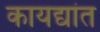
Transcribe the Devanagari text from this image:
कायद्यांत